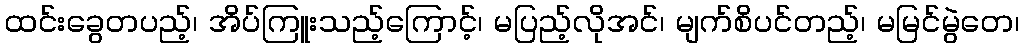
ထင်းခွေတပည့်၊ အိပ်ကြူးသည့်ကြောင့်၊ မပြည့်လိုအင်၊ မျက်စိပင်တည့်၊ မမြင်မွဲတေ၊